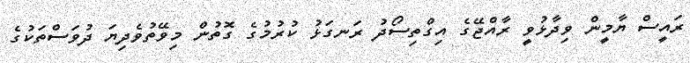
ރައީސް ޔާމީން ވިދާޅުވީ ރާއްޖޭގެ އިގްތިސޯދު ރަނގަޅު ކުރުމުގެ ގޮތުން މިވޭތުވެދިޔަ ދުވަސްތަކުގެ